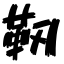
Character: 靭